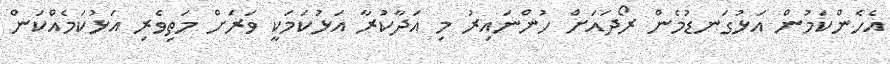
އެހެންކަމުން އަޅުގަނޑުމެން ރޯދައަށް ހުންނައިރު މި އަދާކުރާ އަޅުކަމަކީ ވަރަށް މަތިވެރި އަޅުކަމެއްކަން